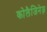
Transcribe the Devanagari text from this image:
कोलैजिनेज़